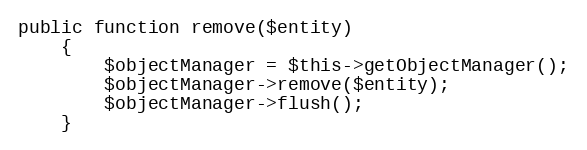
Language: PHP
public function remove($entity)
    {
        $objectManager = $this->getObjectManager();
        $objectManager->remove($entity);
        $objectManager->flush();
    }